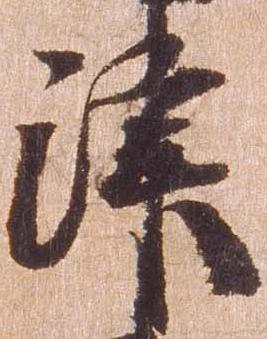
津